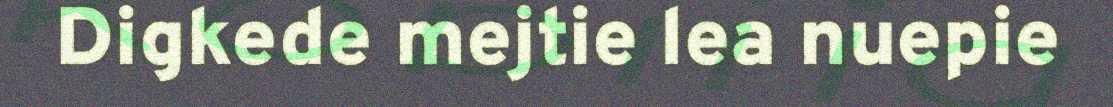
Digkede mejtie lea nuepie